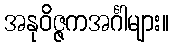
အနုဝိဇ္ဇကအင်္ဂါများ။